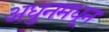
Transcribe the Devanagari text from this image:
अधुनमधून